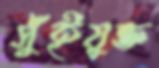
সুঁইযুক্ত